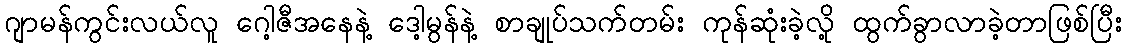
ဂျာမန်ကွင်းလယ်လူ ဂေါ့ဇီအနေနဲ့ ဒေါ့မွန်နဲ့ စာချုပ်သက်တမ်း ကုန်ဆုံးခဲ့လို့ ထွက်ခွာလာခဲ့တာဖြစ်ပြီး